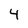
Character: 4